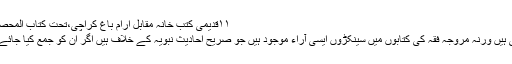
۱۱قدیمی کتب خانہ مقابل آرام باغ کراچی،تحت کتاب المحصر باب ۲الاحصار شرح حدیث :۱۸۱۰)
یہ اکیس مثالیں بطور نمونہ ذکرکی گئی ہیں ورنہ مروجہ فقہ کی کتابوں میں سینکڑوں ایسی آراء موجود ہیں جو صریح احادیث نبویہ کے خلاف ہیں اگر ان کو جمع کیا جائے تو ایک ضخیم کتاب تیار ہوسکتی ہے۔